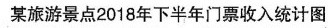
某旅游景点2018年下半年门票收入统计图